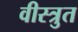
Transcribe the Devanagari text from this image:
वीस्त्रुत